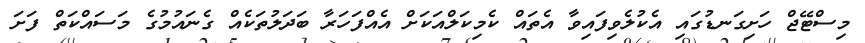
މިސްޓޭޖް ހަށިގަނޑުގައި އެކުލެވިފައިވާ އެތައް ކެމިކަލްއަކަށް އެއްފަހަރާ ބަދަލުތަކެއް ގެނައުމުގެ މަސައްކަތް ފަށަ